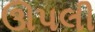
ઊપલી